Vaccine operations Central Provinces 1886-1899 - 1886-1899
Year: 1886
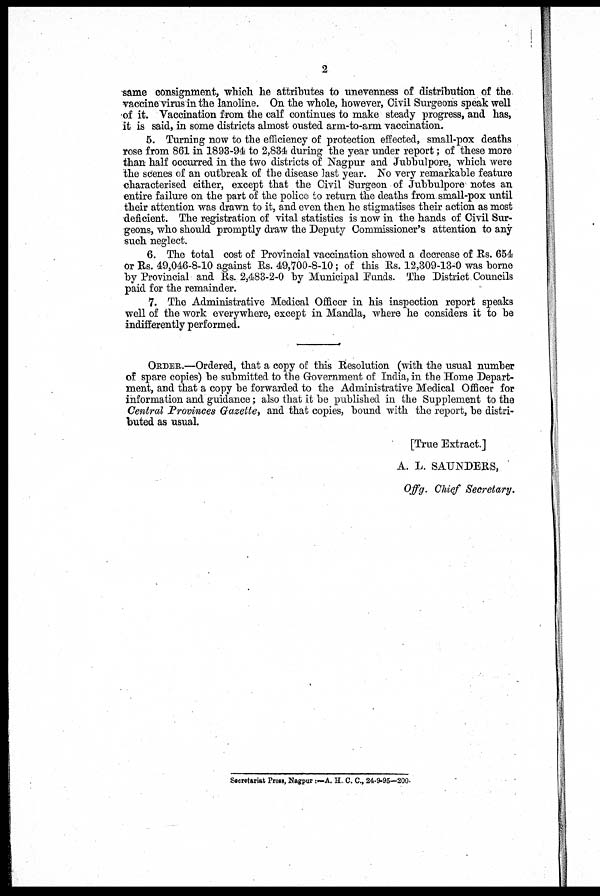
2
same consignment, which he attributes to unevenness of distribution of the
vaccine virus in the lanoline. On the whole, however, Civil Surgeons speak well
of it. Vaccination from the calf continues to make steady progress, and has,
it is said, in some districts almost ousted arm-to-arm vaccination.
5. Turning now to the efficiency of protection effected, small-pox deaths
rose from 861 in 1893-94 to 2,834 during the year under report; of these more
than half occurred in the two districts of Nagpur and Jubbulpore, which were
the scenes of an outbreak of the disease last year. No very remarkable feature
characterised either, except that the Civil Surgeon of Jubbulpore notes an
entire failure on the part of the police to return the deaths from small-pox until
their attention was drawn to it, and even then he stigmatises their action as most
deficient. The registration of vital statistics is now in the hands of Civil Sur-
geons, who should promptly draw the Deputy Commissioner's attention to any
such neglect.
6. The total cost of Provincial vaccination showed a decrease of Rs. 654
or Rs. 49,046-8-10 against Rs. 49,700-8-10; of this Rs. 12,309-13-0 was borne
by Provincial and Rs. 2,483-2-0 by Municipal Funds. The District Councils
paid for the remainder.
7. The Administrative Medical Officer in his inspection report speaks
well of the work every where, except in Mandla, where he considers it to be
indifferently performed.
ORDER.—Ordered, that a copy of this Resolution (with the usual number
of spare copies) be submitted to the Government of India, in the Home Depart-
ment, and that a copy be forwarded to the Administrative Medical Officer for
information and guidance; also that it be published in the Supplement to the
Central Provinces Gazette, and that copies, bound with the report, be distri-
buted as usual.
[True Extract.]
A. L. SAUNDERS,
Offg. Chief Secretary.
Secretariat Press, Nagpur:—A. H. C. C, 24-9-95—200.